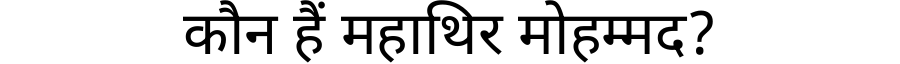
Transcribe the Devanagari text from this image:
कौन हैं महाथिर मोहम्मद?